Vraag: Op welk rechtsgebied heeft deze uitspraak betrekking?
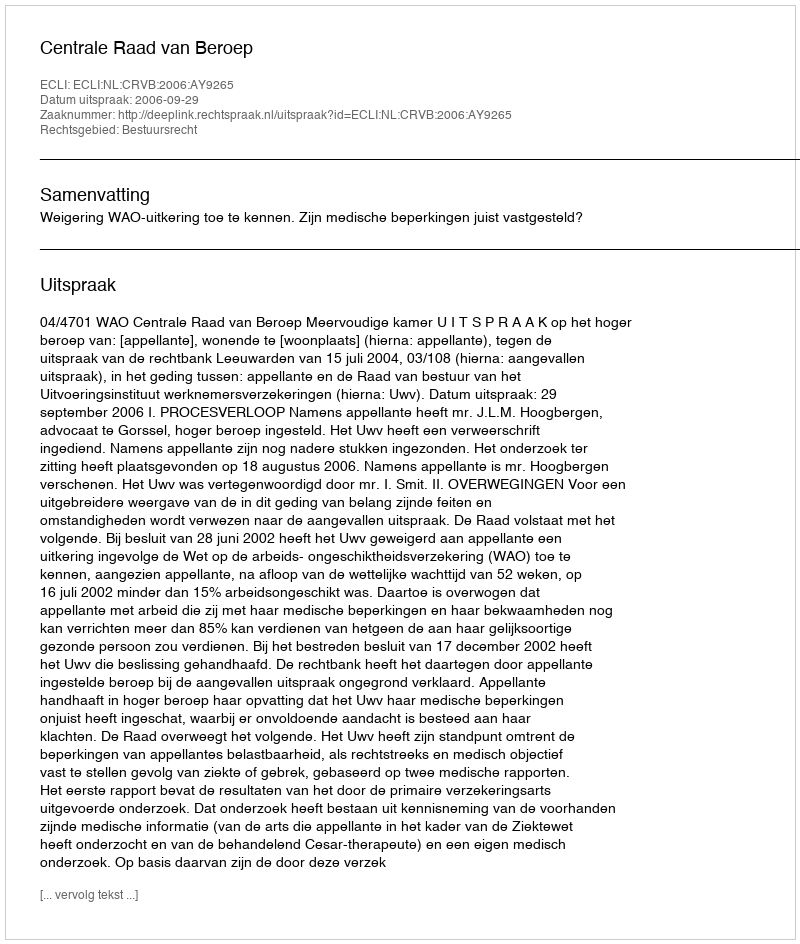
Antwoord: Bestuursrecht